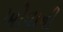
ખોવાની